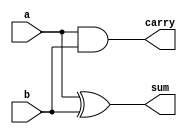
`timescale 1ns / 1ps
//////////////////////////////////////////////////////////////////////////////////
// Company: 
// Engineer: 
// 
// Design Name: 
// Module Name:    ha_df 
// Project Name: 
// Target Devices: 
// Tool versions: 
// Description: 
//
// Dependencies: 
//
// Revision: 
// Revision 0.01 - File Created
// Additional Comments: 
//
//////////////////////////////////////////////////////////////////////////////////
module ha_df(
    input a,
    input b,
    output sum,
    output carry
    );
	 
	 assign sum = a ^ b;
	 assign carry = a & b;


endmodule